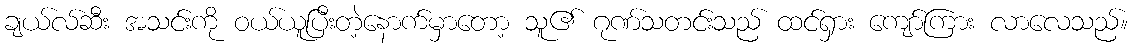
ချယ်လ်ဆီး အသင်းကို ဝယ်ယူပြီးတဲ့နောက်မှာတော့ သူ၏ ဂုဏ်သတင်းသည် ထင်ရှား ကျော်ကြား လာလေသည်။